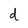
Character: d